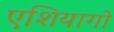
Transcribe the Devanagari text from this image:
एशियागो